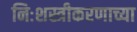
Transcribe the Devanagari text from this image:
निःशस्त्रीकरणाच्या